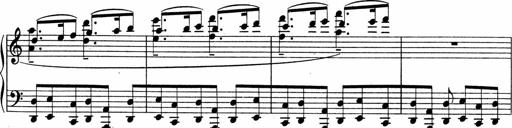
Title: Sonatina No.4
Composer: Abram Kimmell
Key: E minor